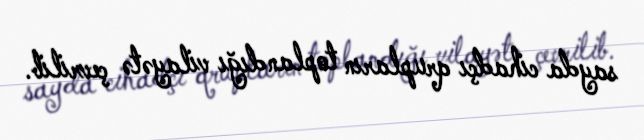
sayda cihadçı qrupların toplandığı vilayətə çevrilib.